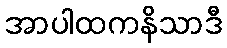
အာပါထကနိသာဒီ